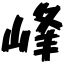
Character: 峰